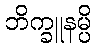
ဘိက္ခူနမ္ပိ